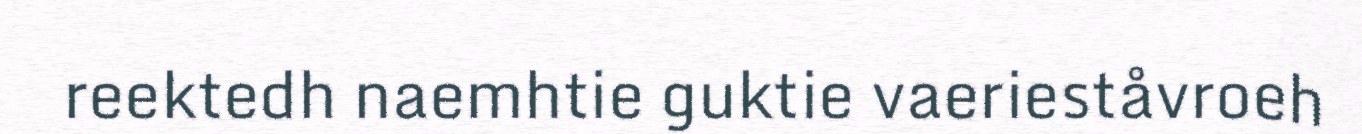
reektedh naemhtie guktie vaerieståvroeh